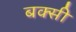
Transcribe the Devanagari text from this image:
बक्सी